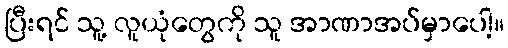
ပြီးရင် သူ့ လူယုံတွေကို သူ အာဏာအပ်မှာပေါ့။